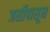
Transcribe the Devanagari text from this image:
जर्सीपासून